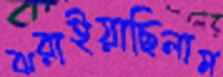
ঝরাইয়াছিলাম